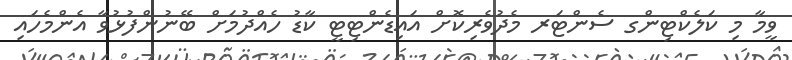
ވީމާ މި ކަލެކްޓިންގ ސެންޓަރ މެދުވެރިކޮށް އައިޑެންޓިޓީ ކާޑު ހެއްދުމަށް ބޭނުންފުޅުވާ އެންމެހައި